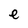
Character: e